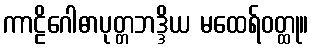
ကာဠိဂေါဓာပုတ္တဘဒ္ဒိယ မထေရ်ဝတ္ထု။